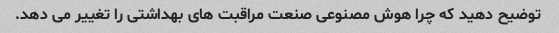
توضیح دهید که چرا هوش مصنوعی صنعت مراقبت های بهداشتی را تغییر می دهد.